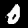
Label: 0